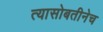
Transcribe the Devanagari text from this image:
त्यासोबतीनेच